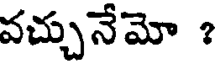
వచ్చునేమో ?